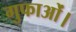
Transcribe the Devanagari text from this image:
गुफाओं।